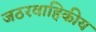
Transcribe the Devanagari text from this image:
जठरवाहिकीय